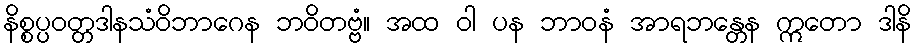
နိစ္စပ္ပဝတ္တဒါနသံဝိဘာဂေန ဘဝိတဗ္ဗံ။ အထ ဝါ ပန ဘာဝနံ အာရဘန္တေန ဣတော ဒါနိ